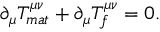
\partial _ { \mu } T _ { m a t } ^ { \mu \nu } + \partial _ { \mu } T _ { f } ^ { \mu \nu } = 0 .